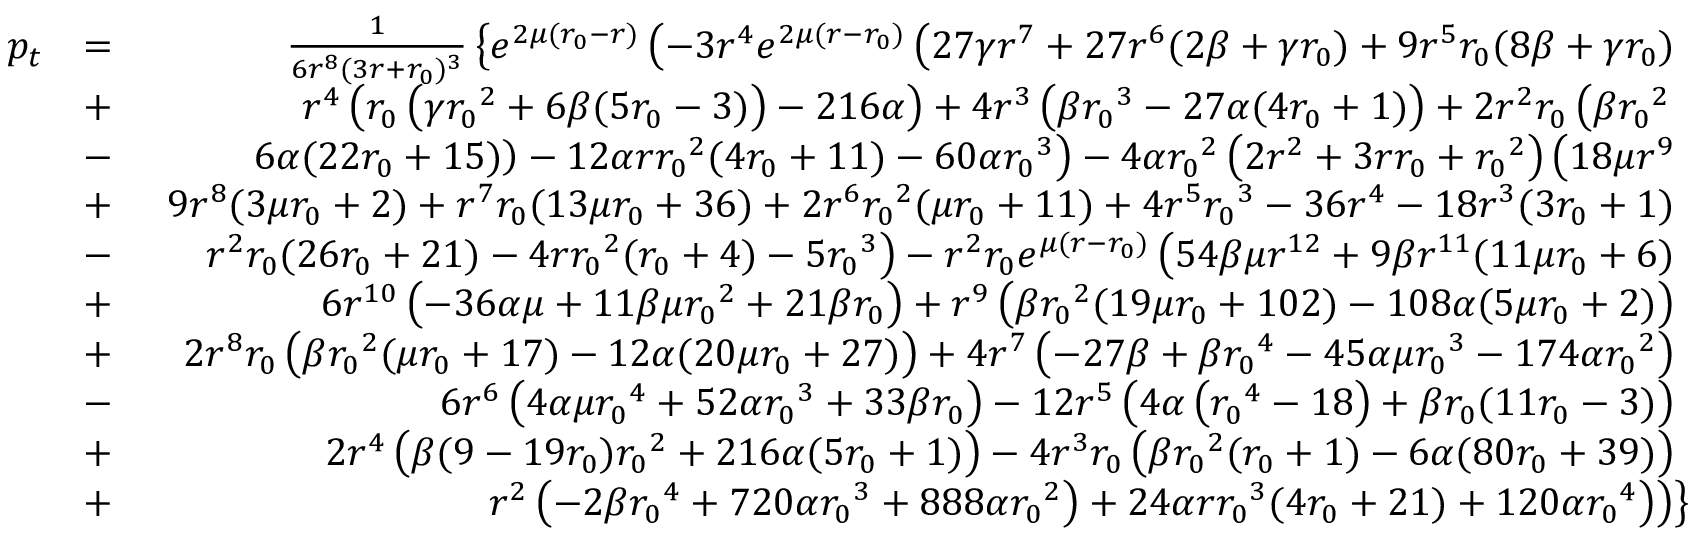
\begin{array} { r l r } { p _ { t } } & { = } & { \frac { 1 } { 6 r ^ { 8 } ( 3 r + { r _ { 0 } } ) ^ { 3 } } \left\lbrace e ^ { 2 \mu ( { r _ { 0 } } - r ) } \left( - 3 r ^ { 4 } e ^ { 2 \mu ( r - { r _ { 0 } } ) } \left( 2 7 \gamma r ^ { 7 } + 2 7 r ^ { 6 } ( 2 \beta + \gamma { r _ { 0 } } ) + 9 r ^ { 5 } { r _ { 0 } } ( 8 \beta + \gamma { r _ { 0 } } ) \right. \right. \right. } \\ & { + } & { \left. \left. \left. r ^ { 4 } \left( { r _ { 0 } } \left( \gamma { r _ { 0 } } ^ { 2 } + 6 \beta ( 5 { r _ { 0 } } - 3 ) \right) - 2 1 6 \alpha \right) + 4 r ^ { 3 } \left( \beta { r _ { 0 } } ^ { 3 } - 2 7 \alpha ( 4 { r _ { 0 } } + 1 ) \right) + 2 r ^ { 2 } { r _ { 0 } } \left( \beta { r _ { 0 } } ^ { 2 } \right. \right. \right. \right. } \\ & { - } & { \left. \left. \left. \left. 6 \alpha ( 2 2 { r _ { 0 } } + 1 5 ) \right) - 1 2 \alpha r { r _ { 0 } } ^ { 2 } ( 4 { r _ { 0 } } + 1 1 ) - 6 0 \alpha { r _ { 0 } } ^ { 3 } \right) - 4 \alpha { r _ { 0 } } ^ { 2 } \left( 2 r ^ { 2 } + 3 r { r _ { 0 } } + { r _ { 0 } } ^ { 2 } \right) \left( 1 8 \mu r ^ { 9 } \right. \right. \right. } \\ & { + } & { \left. \left. \left. 9 r ^ { 8 } ( 3 \mu { r _ { 0 } } + 2 ) + r ^ { 7 } { r _ { 0 } } ( 1 3 \mu { r _ { 0 } } + 3 6 ) + 2 r ^ { 6 } { r _ { 0 } } ^ { 2 } ( \mu { r _ { 0 } } + 1 1 ) + 4 r ^ { 5 } { r _ { 0 } } ^ { 3 } - 3 6 r ^ { 4 } - 1 8 r ^ { 3 } ( 3 { r _ { 0 } } + 1 ) \right. \right. \right. } \\ & { - } & { \left. \left. \left. r ^ { 2 } { r _ { 0 } } ( 2 6 { r _ { 0 } } + 2 1 ) - 4 r { r _ { 0 } } ^ { 2 } ( { r _ { 0 } } + 4 ) - 5 { r _ { 0 } } ^ { 3 } \right) - r ^ { 2 } { r _ { 0 } } e ^ { \mu ( r - { r _ { 0 } } ) } \left( 5 4 \beta \mu r ^ { 1 2 } + 9 \beta r ^ { 1 1 } ( 1 1 \mu { r _ { 0 } } + 6 ) \right. \right. \right. } \\ & { + } & { \left. \left. \left. 6 r ^ { 1 0 } \left( - 3 6 \alpha \mu + 1 1 \beta \mu { r _ { 0 } } ^ { 2 } + 2 1 \beta { r _ { 0 } } \right) + r ^ { 9 } \left( \beta { r _ { 0 } } ^ { 2 } ( 1 9 \mu { r _ { 0 } } + 1 0 2 ) - 1 0 8 \alpha ( 5 \mu { r _ { 0 } } + 2 ) \right) \right. \right. \right. } \\ & { + } & { \left. \left. \left. 2 r ^ { 8 } { r _ { 0 } } \left( \beta { r _ { 0 } } ^ { 2 } ( \mu { r _ { 0 } } + 1 7 ) - 1 2 \alpha ( 2 0 \mu { r _ { 0 } } + 2 7 ) \right) + 4 r ^ { 7 } \left( - 2 7 \beta + \beta { r _ { 0 } } ^ { 4 } - 4 5 \alpha \mu { r _ { 0 } } ^ { 3 } - 1 7 4 \alpha { r _ { 0 } } ^ { 2 } \right) \right. \right. \right. } \\ & { - } & { \left. \left. \left. 6 r ^ { 6 } \left( 4 \alpha \mu { r _ { 0 } } ^ { 4 } + 5 2 \alpha { r _ { 0 } } ^ { 3 } + 3 3 \beta { r _ { 0 } } \right) - 1 2 r ^ { 5 } \left( 4 \alpha \left( { r _ { 0 } } ^ { 4 } - 1 8 \right) + \beta { r _ { 0 } } ( 1 1 { r _ { 0 } } - 3 ) \right) \right. \right. \right. } \\ & { + } & { \left. \left. \left. 2 r ^ { 4 } \left( \beta ( 9 - 1 9 { r _ { 0 } } ) { r _ { 0 } } ^ { 2 } + 2 1 6 \alpha ( 5 { r _ { 0 } } + 1 ) \right) - 4 r ^ { 3 } { r _ { 0 } } \left( \beta { r _ { 0 } } ^ { 2 } ( { r _ { 0 } } + 1 ) - 6 \alpha ( 8 0 { r _ { 0 } } + 3 9 ) \right) \right. \right. \right. } \\ & { + } & { \left. \left. \left. r ^ { 2 } \left( - 2 \beta { r _ { 0 } } ^ { 4 } + 7 2 0 \alpha { r _ { 0 } } ^ { 3 } + 8 8 8 \alpha { r _ { 0 } } ^ { 2 } \right) + 2 4 \alpha r { r _ { 0 } } ^ { 3 } ( 4 { r _ { 0 } } + 2 1 ) + 1 2 0 \alpha { r _ { 0 } } ^ { 4 } \right) \right) \right\rbrace } \end{array}